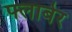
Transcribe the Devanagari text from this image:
फ्लाबेर